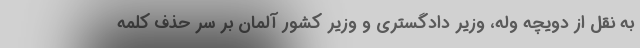
به نقل از دویچه وله، وزیر دادگستری و وزیر کشور آلمان بر سر حذف کلمه